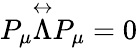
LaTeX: P_{\mu}\overset\leftrightarrow{\Lambda}P_{\mu}=0